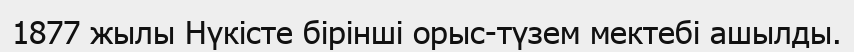
1877 жылы Нүкісте бірінші орыс-түзем мектебі ашылды.